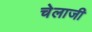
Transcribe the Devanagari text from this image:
चेलाजी